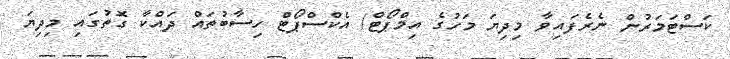
ކަސްޓަމަރުން ނެރެފައިވާ މިދިޔަ މަހުގެ އިމްޕޯޓް/ އެކްސްޕޯޓް ހިސާބުތައް ދައްކާ ގޮތުގައި މިދިޔަ